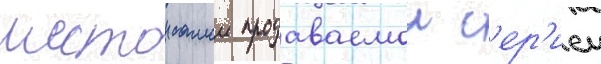
шестои самои продаваемои с'ер'иеи